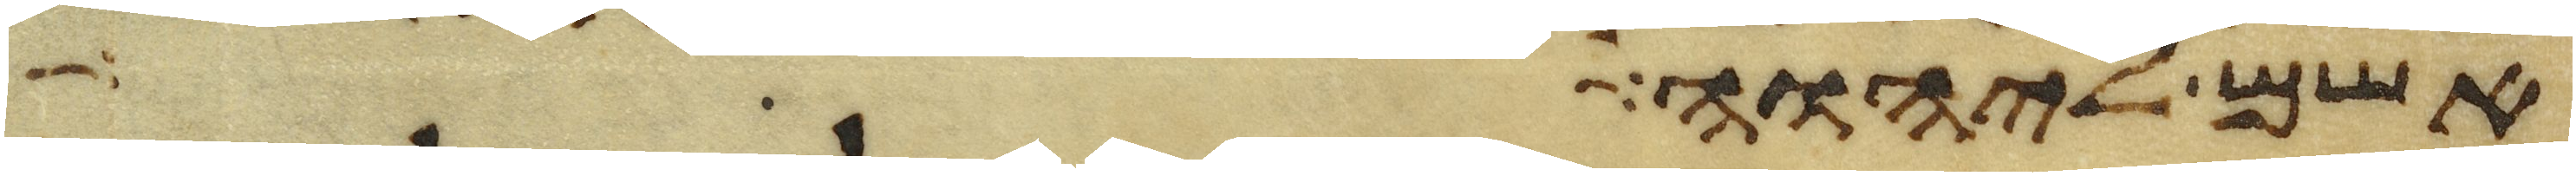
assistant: אשם ליהוה